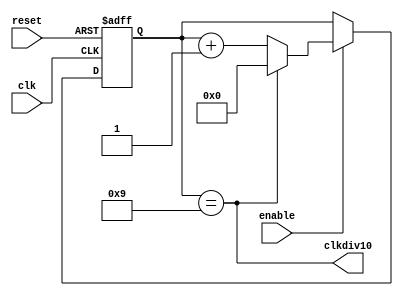
`timescale 1ns / 1ps
//////////////////////////////////////////////////////////////////////////////////
// Company: University of Patras
// 
// Module Name:    cnt10 
// Project Name: iTalos
//
//////////////////////////////////////////////////////////////////////////////////
module cnt10 (reset, clk, enable, clkdiv10);
input reset, clk, enable;
output clkdiv10;
reg [3:0] cnt;

assign clkdiv10 =(cnt==4'd9);
always @(posedge reset or posedge clk)
  if (reset) cnt <= 0;
   else if (enable) 
          if (clkdiv10) cnt <= 0;
            else cnt <= cnt + 1;
endmodule